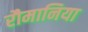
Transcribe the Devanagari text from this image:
रौमानिया